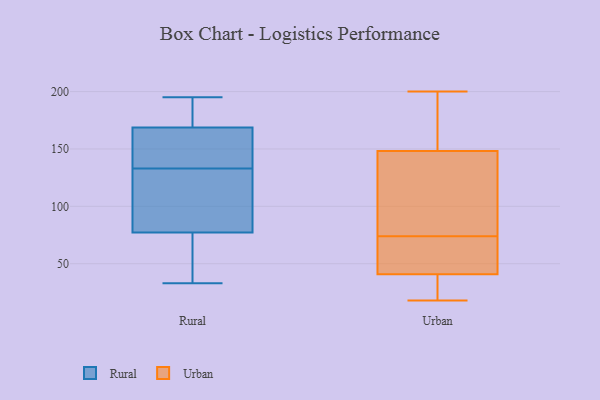
{"axis": {"x": "Demand Index", "y": "Value"}, "legend": ["Rural", "Urban"], "data": [{"x": "", "y": 164, "type": "Rural"}, {"x": "", "y": 50, "type": "Rural"}, {"x": "", "y": 79, "type": "Rural"}, {"x": "", "y": 195, "type": "Rural"}, {"x": "", "y": 130, "type": "Rural"}, {"x": "", "y": 33, "type": "Rural"}, {"x": "", "y": 174, "type": "Rural"}, {"x": "", "y": 181, "type": "Rural"}, {"x": "", "y": 134, "type": "Rural"}, {"x": "", "y": 72, "type": "Rural"}, {"x": "", "y": 185, "type": "Rural"}, {"x": "", "y": 46, "type": "Rural"}, {"x": "", "y": 92, "type": "Rural"}, {"x": "", "y": 97, "type": "Rural"}, {"x": "", "y": 133, "type": "Rural"}, {"x": "", "y": 167, "type": "Rural"}, {"x": "", "y": 153, "type": "Rural"}, {"x": "", "y": 45, "type": "Urban"}, {"x": "", "y": 102, "type": "Urban"}, {"x": "", "y": 18, "type": "Urban"}, {"x": "", "y": 28, "type": "Urban"}, {"x": "", "y": 74, "type": "Urban"}, {"x": "", "y": 57, "type": "Urban"}, {"x": "", "y": 82, "type": "Urban"}, {"x": "", "y": 22, "type": "Urban"}, {"x": "", "y": 194, "type": "Urban"}, {"x": "", "y": 167, "type": "Urban"}, {"x": "", "y": 45, "type": "Urban"}, {"x": "", "y": 200, "type": "Urban"}, {"x": "", "y": 142, "type": "Urban"}]}